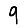
Digit: 9